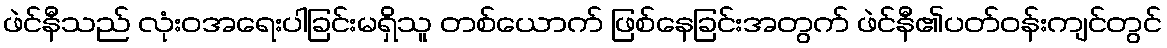
ဖဲင်နီသည် လုံးဝအရေးပါခြင်းမရှိသူ တစ်ယောက် ဖြစ်နေခြင်းအတွက် ဖဲင်နီ၏ပတ်ဝန်းကျင်တွင်